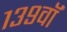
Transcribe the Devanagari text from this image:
१३९वॉ